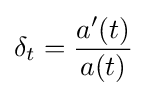
\delta _{t}={\frac {a'(t)}{a(t)}}